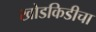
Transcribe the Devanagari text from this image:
खोडकिडीचा